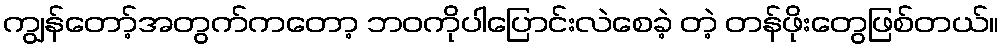
ကျွန်တော့်အတွက်ကတော့ ဘဝကိုပါပြောင်းလဲစေခဲ့ တဲ့ တန်ဖိုးတွေဖြစ်တယ်။